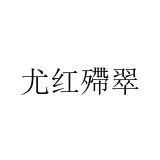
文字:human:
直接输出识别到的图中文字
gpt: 尤红殢翠